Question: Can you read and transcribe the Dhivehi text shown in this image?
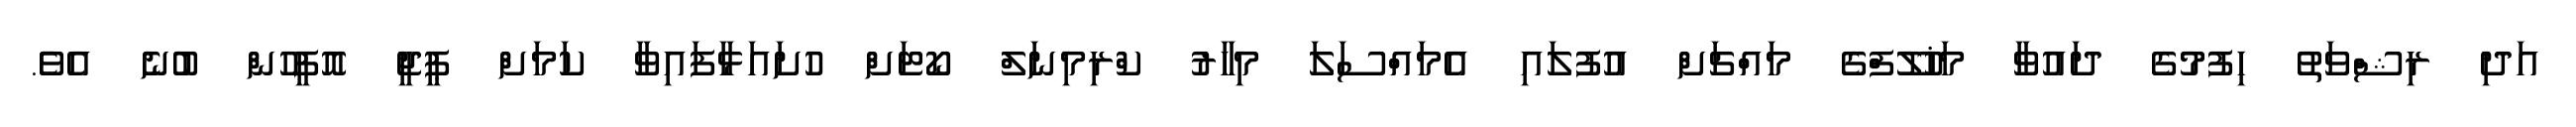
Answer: އަދި ރިޝްވަތު ހިފުމުގެ ދައުވާ މަޚުލޫފްގެ މައްޗަށް އުފުލައި އެމައްސަލަ މިހާރު ކްރިމިނަލް ކޯޓަށް ހުށައަޅާފައިވާ ކަމަށް ޕީޖީ އޮފީހުން ބުނެ އެވެެ.